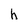
Character: h